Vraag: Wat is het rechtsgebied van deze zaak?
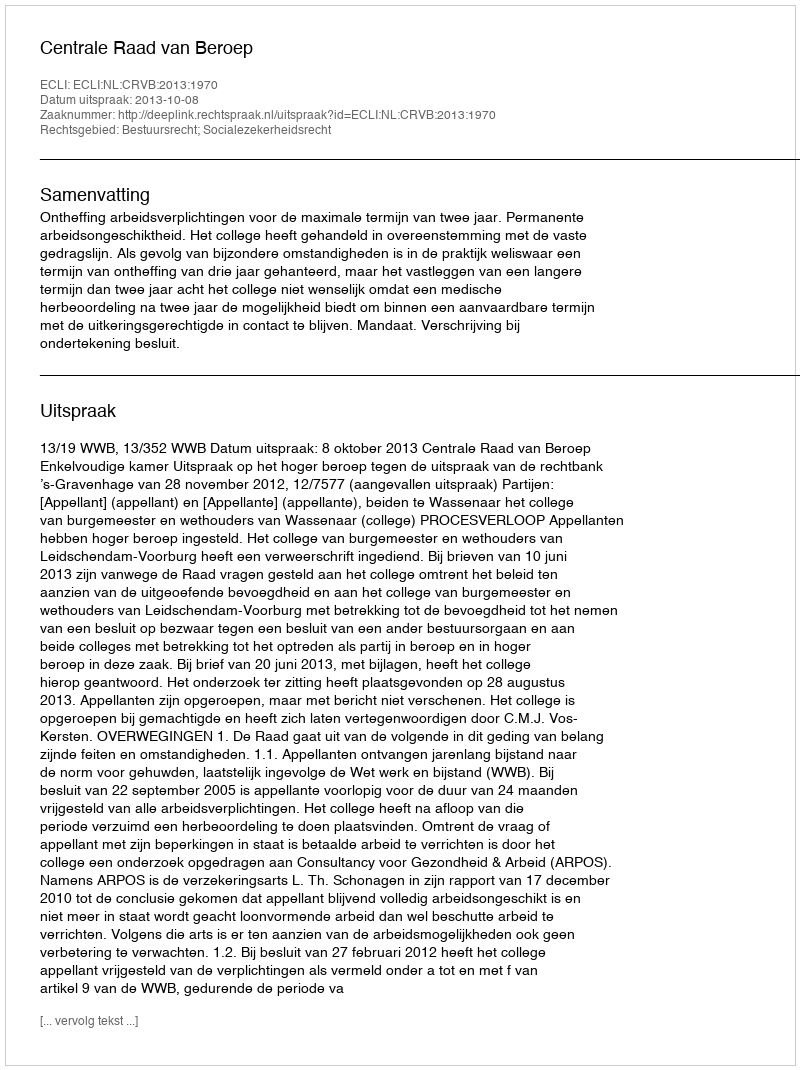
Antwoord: Bestuursrecht; Socialezekerheidsrecht